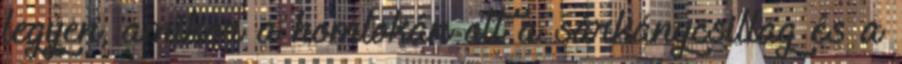
legyen, amikor a homlokán ott a sárkánycsillag és a